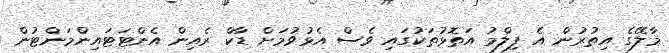
މާލޭގެ އިތުރުން އެ ފިލްމު އަތޮޅުތަކުގައި ވެސް އެޅުވުމަށް ޑާކް ރެއިން އެންޓަޓައިންމަންޓުން